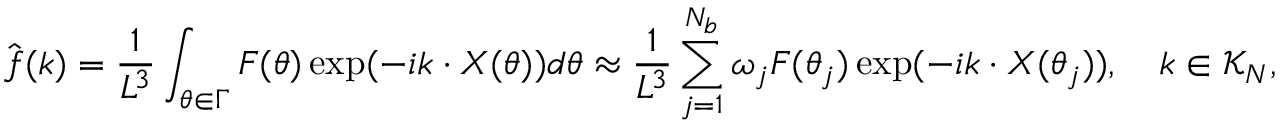
\hat { \boldsymbol f } ( \boldsymbol k ) = \frac { 1 } { L ^ { 3 } } \int _ { \boldsymbol \theta \in \Gamma } \boldsymbol F ( \boldsymbol \theta ) \exp ( - i \boldsymbol k \cdot \boldsymbol X ( \boldsymbol \theta ) ) d \boldsymbol \theta \approx \frac { 1 } { L ^ { 3 } } \sum _ { j = 1 } ^ { N _ { b } } \omega _ { j } \boldsymbol F ( \boldsymbol \theta _ { j } ) \exp ( - i \boldsymbol k \cdot \boldsymbol X ( \boldsymbol \theta _ { j } ) ) , \quad \boldsymbol k \in \mathcal { K } _ { N } ,